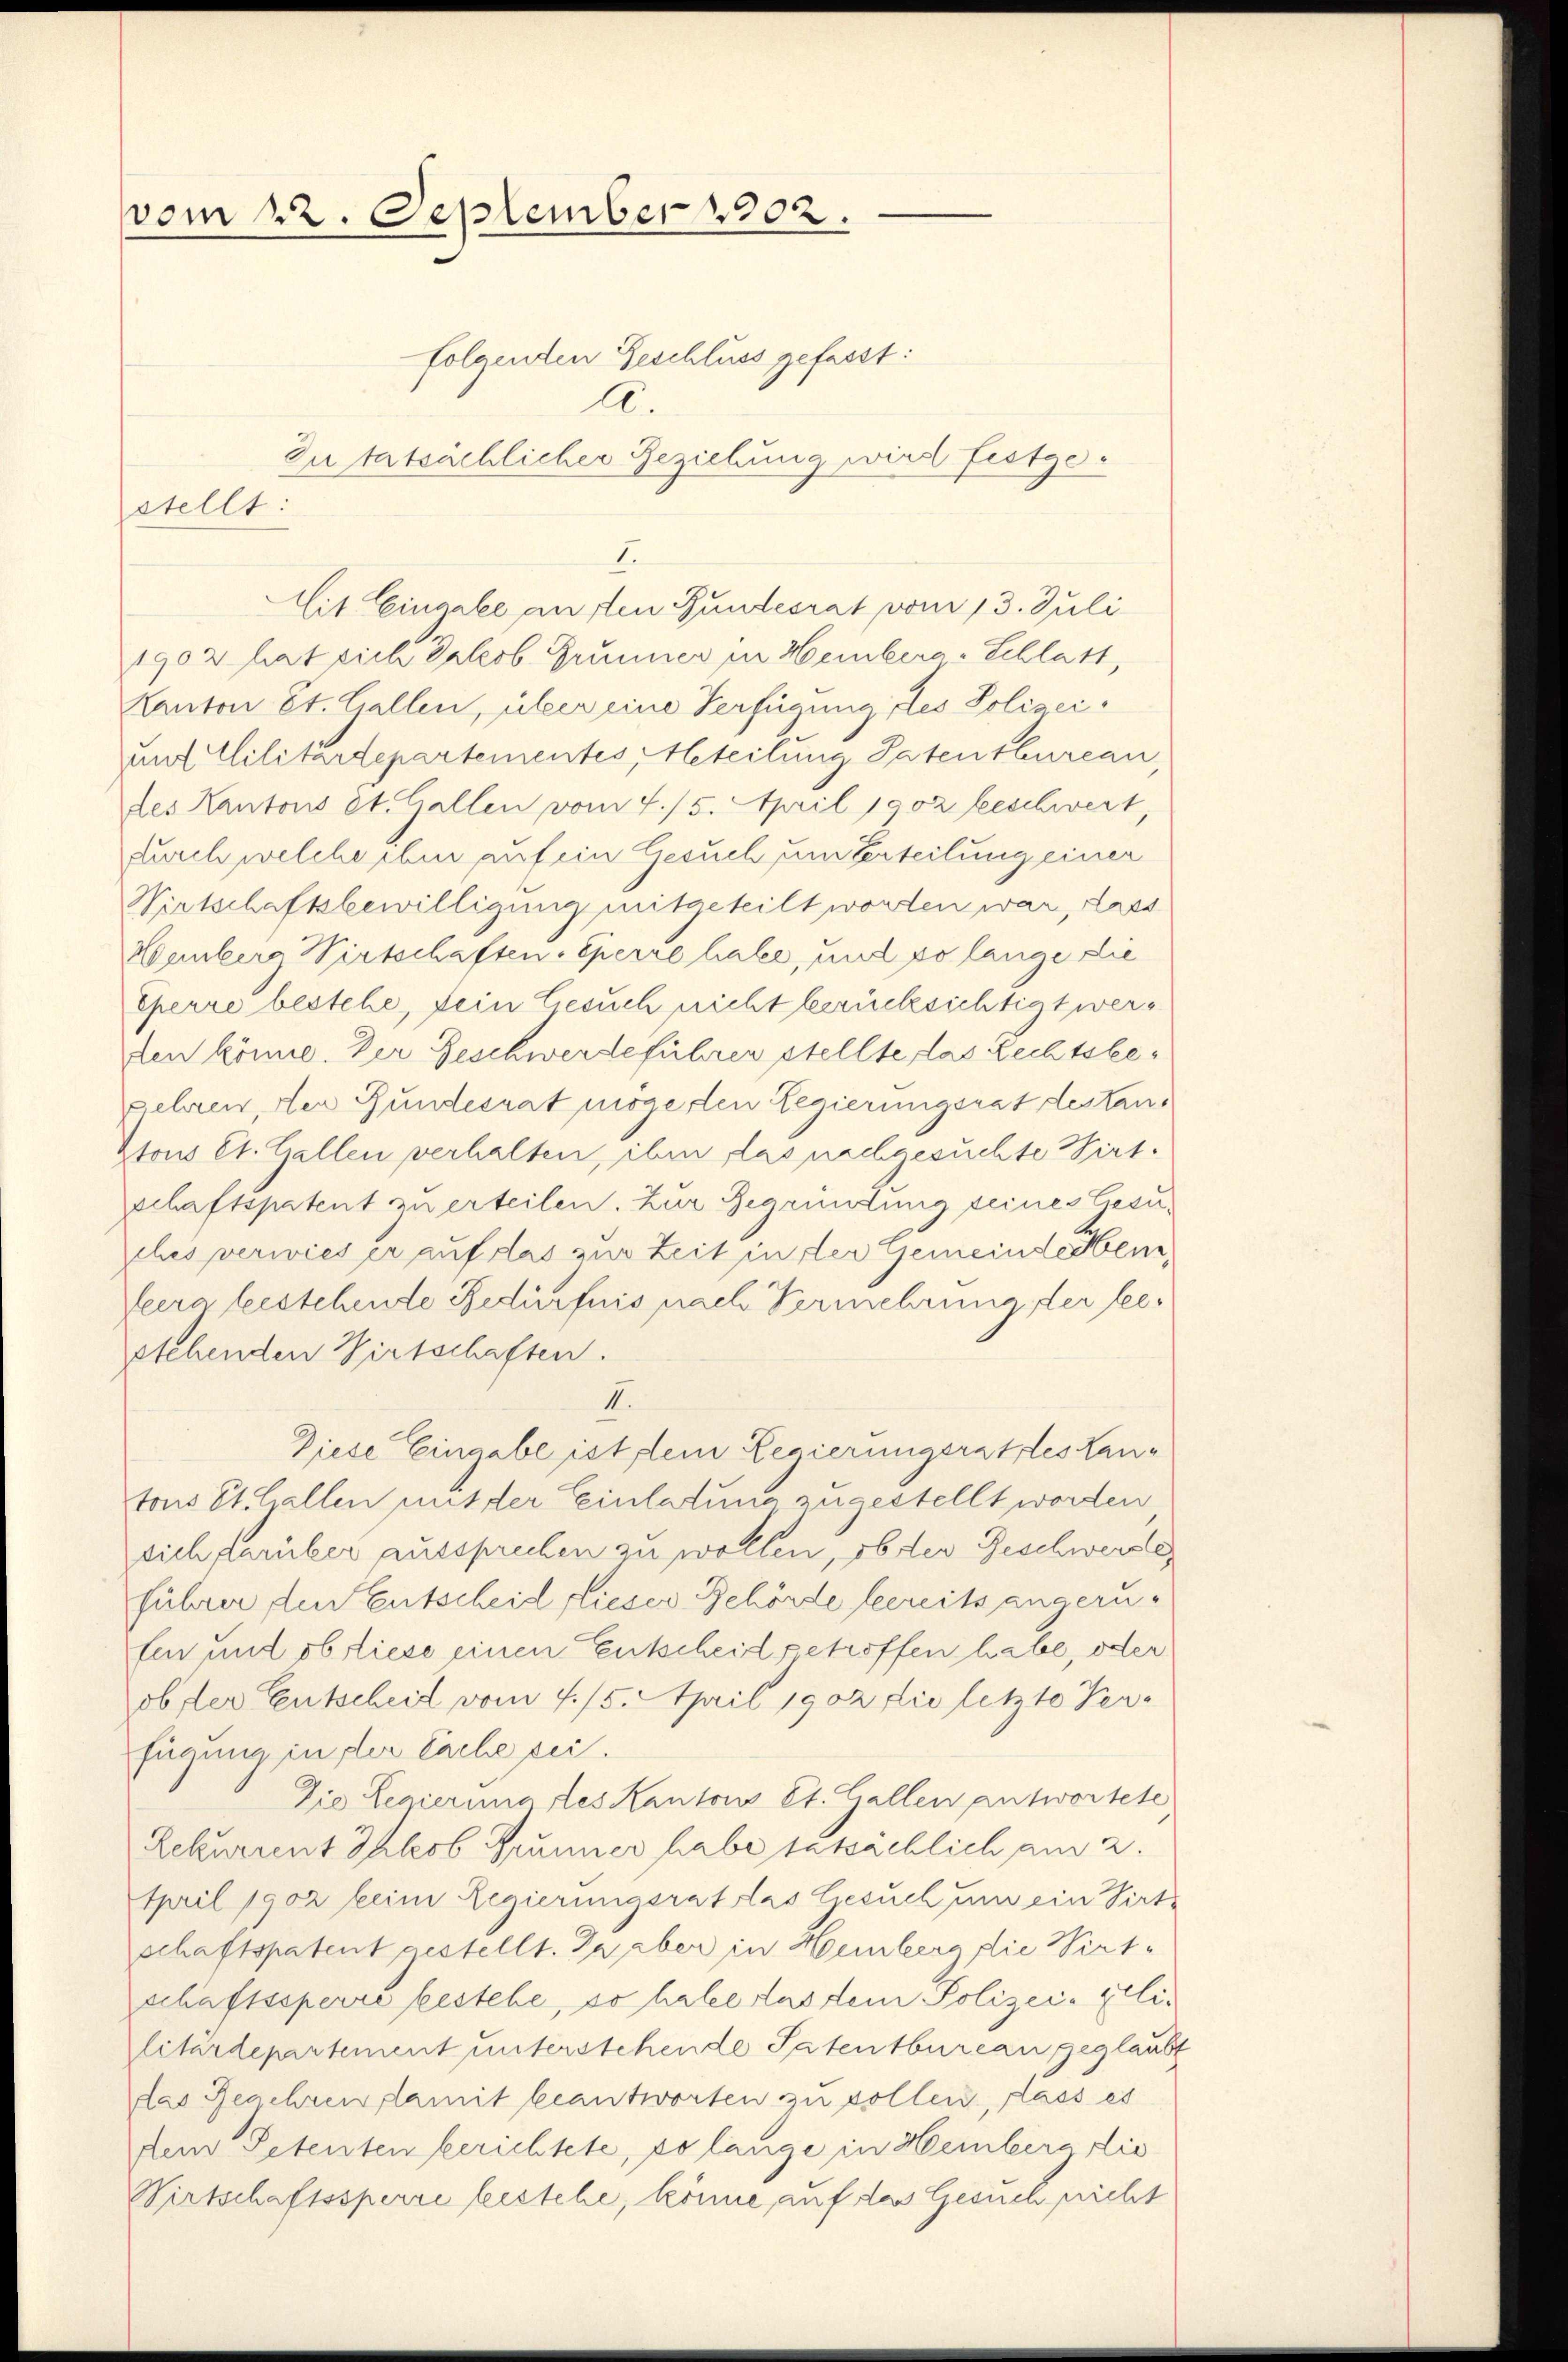
vom 22. September 1902.
folgenden Geschluss gefasst:
A.
Zutatsächlicher Beziehung wird festgestellt:

Mit Eingabe aufen Bundesrat vom 13. Juli
1902 hat sich Jakob. Brunner in Heinberg-Schlatt,
Kanton St. Gallen, über eine Verfügung des Polizeiunt Militärdepartementes, Heteilung Patenthureau,
des Kantons St. Gallen vom 4. 15. April 1902 beschwert,
durch welche eben auf ein Gesuch um Verteilung einer
Wirtschaftsbewilligung mitgeteilt worden war, lass
Konnberg Wirtschaften. Sperre habe, und so lange die
Eherre bestehe, dein Gesuch nicht berücksichtigt werden könne. Der Geschwerdeführen stellte das Rechtsbegehrer, der Bundesrat mögerten Regierungsrat destantous Et. Gallen verhalten, ihm das nachgesuchte Wirtschaftspatent zu erteilen. Zur Begründung seines Gesuches verwies er auf das zur Zeit in der Gemeinderben
Veera leistehende Bedürfnis nach Vermehrung der Seestehenden Wirtschaften.
II.
Diese Eingabe ist dein Regierungsrat des Lantons St. Gallen mit der Einladung zugestellt worden
sich darüber aussprechen zu wollen, ob der Geschwerde,
führen den Entscheid dieser Behörde leereits angerufen und ob liese einen Entscheid getroffen habe, oder
ob der Entscheit vom 7. 15. April 1902 die letzte Ver-
fügung in der Sache sei¬
Die Legierung des Kantons St. Gallen antwortete
Lekurrent Jakob Brunner habe tatsächlich am 2.
April 1902 keine Regierungsrat das Gesuch um ein Virtschaftspatent gestellt. In aber in Hinberg die Virtschaftssperre bestehe, so habe aus dem Polizei- Elliplitardepartement unterstehende Patentbureau geglaubt
das Begehren damit beantworten zu sollen, dass es
dem Petenten berichtete, so lange in Hemberg die
Wirtschaftssperre leistehe, könne auf das Gesuch nicht

I.